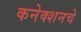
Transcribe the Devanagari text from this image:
कनेक्शनचे